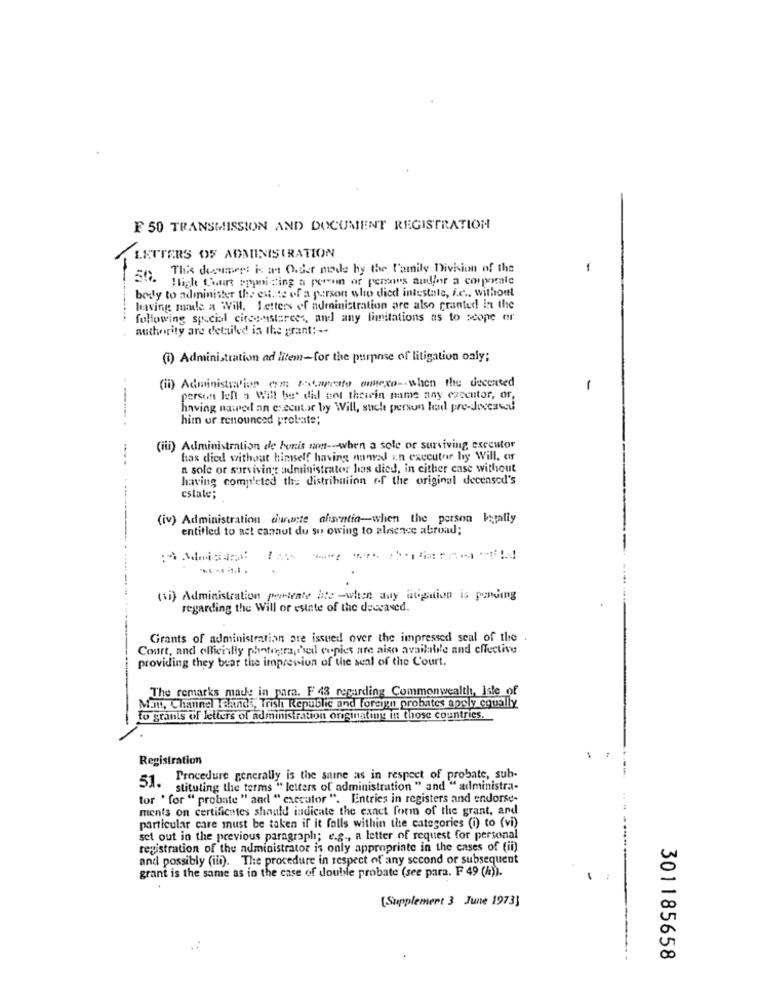
F 50 TRANSMISSION AND DOCUMENT REGISTRATION
LETTERS OF ADMINISTRATION
This document is an Order node by the Family Division of the
-
St. High Court spaiting a person or persons andfor a corporate
body to administer the estate of a person who died intestale, i.c ., without
having made a Will. Letters of administration are also granted in the
...
following special citoyenstarees, and any limitations as to scope er
authority are detailed is the grant: --
(1) Administration ad litem-for the purpose of litigation oaly;
(ii) Administration com; tapeato anexo -- when the deceased
-
person len a Will be' dil tot thesein name any executor, or,
having nawet an executar by Will, such person had pre-deceased
hitn or renounced probate;
---.
(iii) Administration de bonis non -- when a sole or surviving executor
has died without himself having anmed in executor hy Will, or
a sole or surviving administrator has died, in either case without
having completed the distribution of the original decensed's
estate;
(iv) Administration duacte absentia-when the person kataliy
entitled to act cannot du su owing to alsence abroad;
:Admisanat
-
(si) Administration partente ite -when day litigation is pending
regarding the Will or estate of the deceased.
Grants of administration are issued over the impressed seal of the
Court, and officially photographed copies are also available and effective
providing they bear the impression of the seal of the L'ourt.
The remarks made in para. F 43 regarding Commonwealth, Iste_of
Man, Channel Talands, Trish Republic and foreign probates apply equally
to grants of letters of administration originating in those countries.
Registration
51. .
Procedure generally is the same as in respect of probate, sub-
stituting the terms " letters of administration " and " administra-
tor ' for " probate " and " cxccator ". Entries in registers and endorse-
ments on certificates should indicate the exact form of the grant, and
particular care must be taken if it falls within the categories (i) to (vi)
set out in the previous paragraph; e.g ., a letter of request for personal
registration of the administrator is only appropriate in the cases of (ii)
and possibly (iii). The procedure in respect of any second or subsequent
grant is the same as in the case of double probate (see para. F 49 (h)).
[Supplement 3 June 1973]
301185658